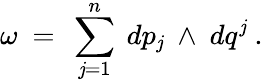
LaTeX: \omega\ =\ \sum_{\mathit{j}=1}^{n}\ dp_{\mathit{j}}\ \wedge\ dq^{\mathit{j}}\ .